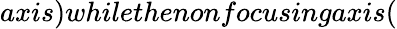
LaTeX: axis)whilethenonfocusingaxis(